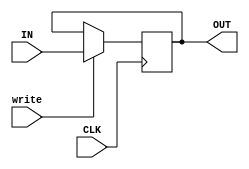
module REG (
    input wire CLK,
    input wire write,
    input wire [31:0] IN,
    output wire [31:0] OUT
);
    reg [31:0] VAL;

    //initial begin
      //  VAL = 0;
    //end

    assign OUT = VAL;

    // negedge because inside 1 cycle we need to get value from reg_file, which is posedge
    // therefore saving should happen some time later after reading, therefore it's negedge
    always @(negedge CLK) 
    begin
        if (write) 
        begin
            VAL <= IN;
        end
    end

endmodule

module MUX_2 (
    input wire [31:0] IN_0,
    input wire [31:0] IN_1,   
    input wire sel,
    output wire [31:0] OUT
);

assign OUT = sel ? IN_1 : IN_0;

endmodule

module MUX_6 (
    input wire [31:0] IN_000,
    input wire [31:0] IN_001,   
    input wire [31:0] IN_010,  
    input wire [31:0] IN_011,  
    input wire [31:0] IN_100,
    input wire [31:0] IN_101,   

    input wire [2:0] sel,
    output wire [31:0] OUT
);

assign OUT = sel[2] ? (sel[0] ? IN_101 : IN_100) : (sel[1] ?  (sel[0] ? IN_011 : IN_010) : (sel[0] ? IN_001 : IN_000));

endmodule